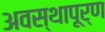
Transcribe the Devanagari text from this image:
अवस्थापूर्ण